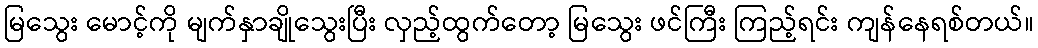
မြသွေး မောင့်ကို မျက်နှာချိုသွေးပြီး လှည့်ထွက်တော့ မြသွေး ဖင်ကြီး ကြည့်ရင်း ကျန်နေရစ်တယ်။